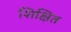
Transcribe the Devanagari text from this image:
शिक्षित